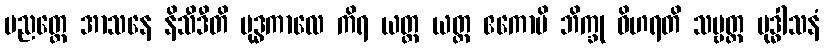
ပညတ္တေ အာသနေ နိသီဒီတိ ဗုဒ္ဓကာလေ ကိရ ယတ္ထ ယတ္ထ ဧကောပိ ဘိက္ခု ဝိဟရတိ သဗ္ဗတ္ထ ဗုဒ္ဓါသနံ